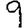
Digit: 9